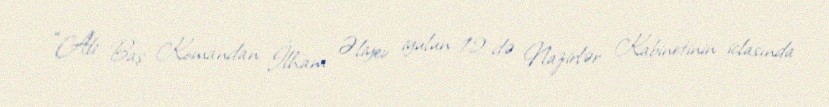
“Ali Baş Komandan İlham Əliyev iyulun 12-də Nazirlər Kabinetinin iclasında